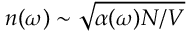
n ( \omega ) \sim \sqrt { \alpha ( \omega ) N / V }